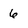
Character: 6